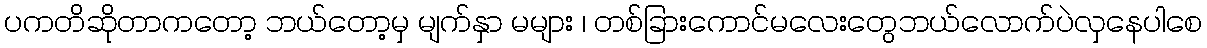
ပကတိဆိုတာကတော့ ဘယ်တော့မှ မျက်နှာ မများ ၊ တစ်ခြားကောင်မလေးတွေဘယ်လောက်ပဲလှနေပါစေ